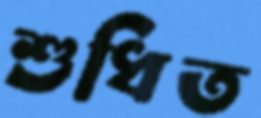
শুধিত